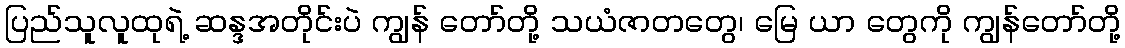
ပြည်သူလူထုရဲ့ ဆန္ဒအတိုင်းပဲ ကျွန် တော်တို့ သယံဇာတတွေ၊ မြေ ယာ တွေကို ကျွန်တော်တို့